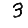
Digit: 3